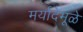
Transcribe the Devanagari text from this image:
मर्यादेमूळे